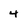
Character: 4